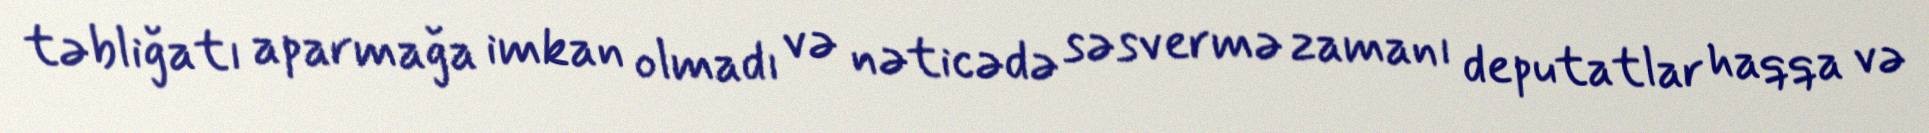
təbliğatı aparmağa imkan olmadı və nəticədə səsvermə zamanı deputatlar haqqa və